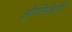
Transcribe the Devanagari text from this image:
ओलिवेती